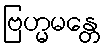
ဗြဟ္မမန္တေ